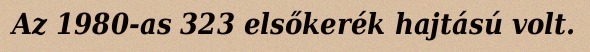
Az 1980-as 323 elsőkerék hajtású volt.